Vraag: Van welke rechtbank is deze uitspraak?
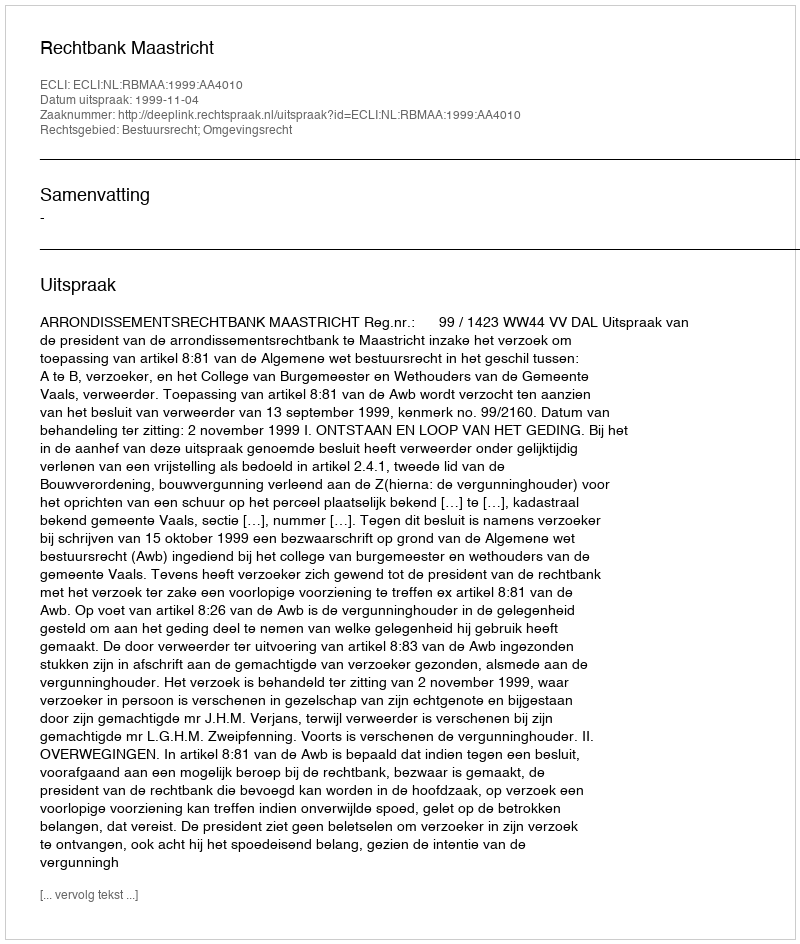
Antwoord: Rechtbank Maastricht